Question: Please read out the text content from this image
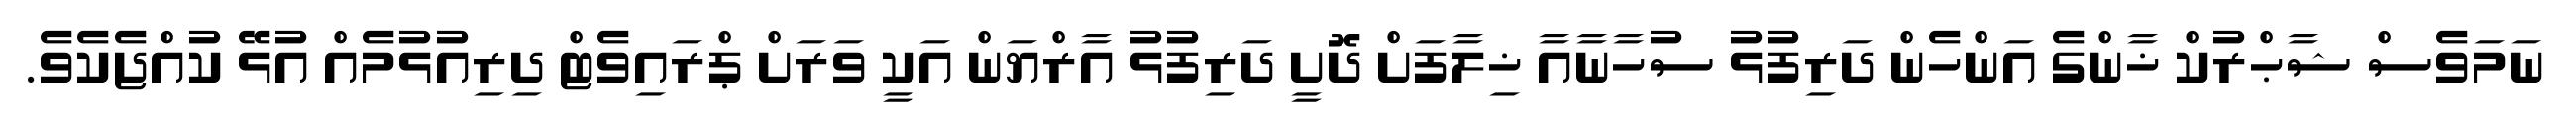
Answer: ނަމަވެސް ޝާޙްރުކް ޚާންގެ އަންހެން ދަރިފުޅު ސުހާނާއާ ޚިލާފަށް ދޮށީ ދަރިފުޅު އާރްޔަން އަކީ ވަރަށް ޕްރައިވެޓް ދިރިއުޅުމެއް އުޅޭ ކުއްޖެކެވެ.